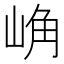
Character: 崅